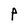
Character: P